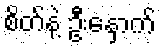
စိတ်နဲ့ ဦးနှောက်